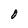
Character: O